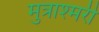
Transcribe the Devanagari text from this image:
मुत्राश्मरी